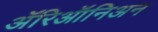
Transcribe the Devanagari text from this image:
ॲरिऑनिअन